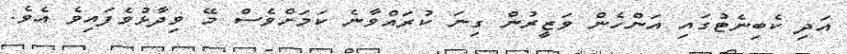
އަދި ކެބިނެޓުގައި އަންހެން ވަޒީރުން ގިނަ ކުރައްވާނެ ކަމަށްވެސް މޭ ވިދާޅުވެފައިވެ އެވެ.